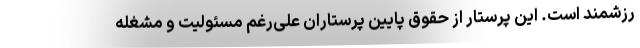
رزشمند است. این پرستار از حقوق پایین پرستاران علی‌رغم مسئولیت و مشغله